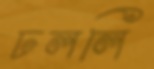
ঢললি